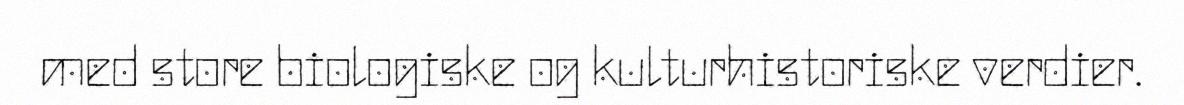
med store biologiske og kulturhistoriske verdier.